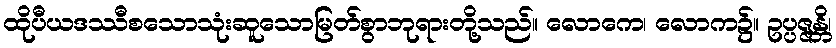
ထိုပီယဒဿီစသောသုံးဆူသောမြတ်စွာဘုရားတို့သည်။ လောကေ၊ လောက၌။ ဥပ္ပဇ္ဇန္တိ၊